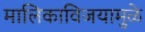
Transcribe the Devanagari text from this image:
मालिकाविजयामुळे